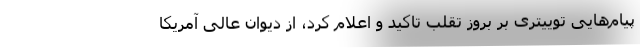
پیام‌هایی توییتری بر بروز تقلب تاکید و اعلام کرد، از دیوان عالی آمریکا